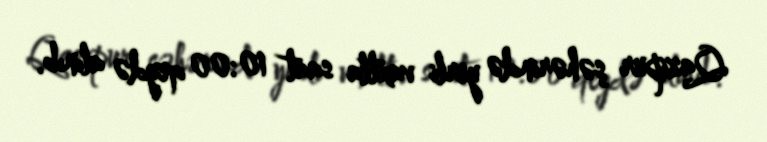
Qazipur şəhərində yerli vaxtla saat 10:00 qeydə alınıb.